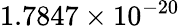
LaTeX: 1.7847\times 10^{-20}